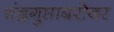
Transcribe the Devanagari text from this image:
चंद्रगुप्ताबरोबर